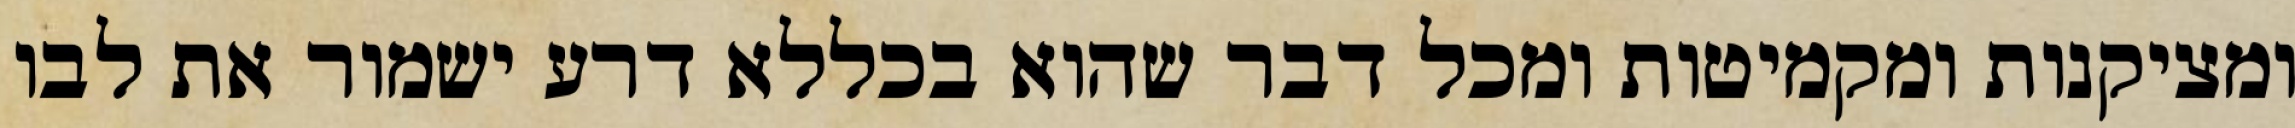
ומציקנות ומקמיטות ומכל דבר שהוא בכללא דרע ישמור את לבו